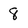
Character: 8